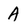
Character: A